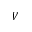
V